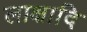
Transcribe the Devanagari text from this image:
लाक्षादि